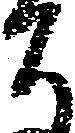
ち